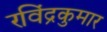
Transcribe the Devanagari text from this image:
रविंद्रकुमार